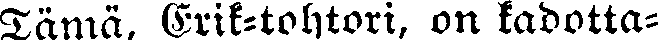
Tämä, Erik-tohtori, on kadotta-